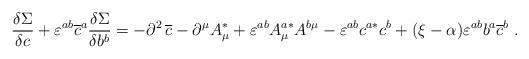
LaTeX: \begin{align*}\frac{\delta \Sigma }{\delta c}+\varepsilon ^{ab}\overline{c}^a\frac{\delta\Sigma }{\delta b^b}=-\partial ^2\,\overline{c}-\partial ^\mu A_\mu^{*}+\varepsilon ^{ab}A_\mu ^{a*}A^{b\mu }-\varepsilon ^{ab}c^{a*}c^b+(\xi-\alpha )\varepsilon ^{ab}b^a\overline{c}^b\;. \end{align*}